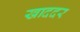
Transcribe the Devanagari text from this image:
खाददर